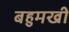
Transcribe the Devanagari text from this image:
बहुमखी